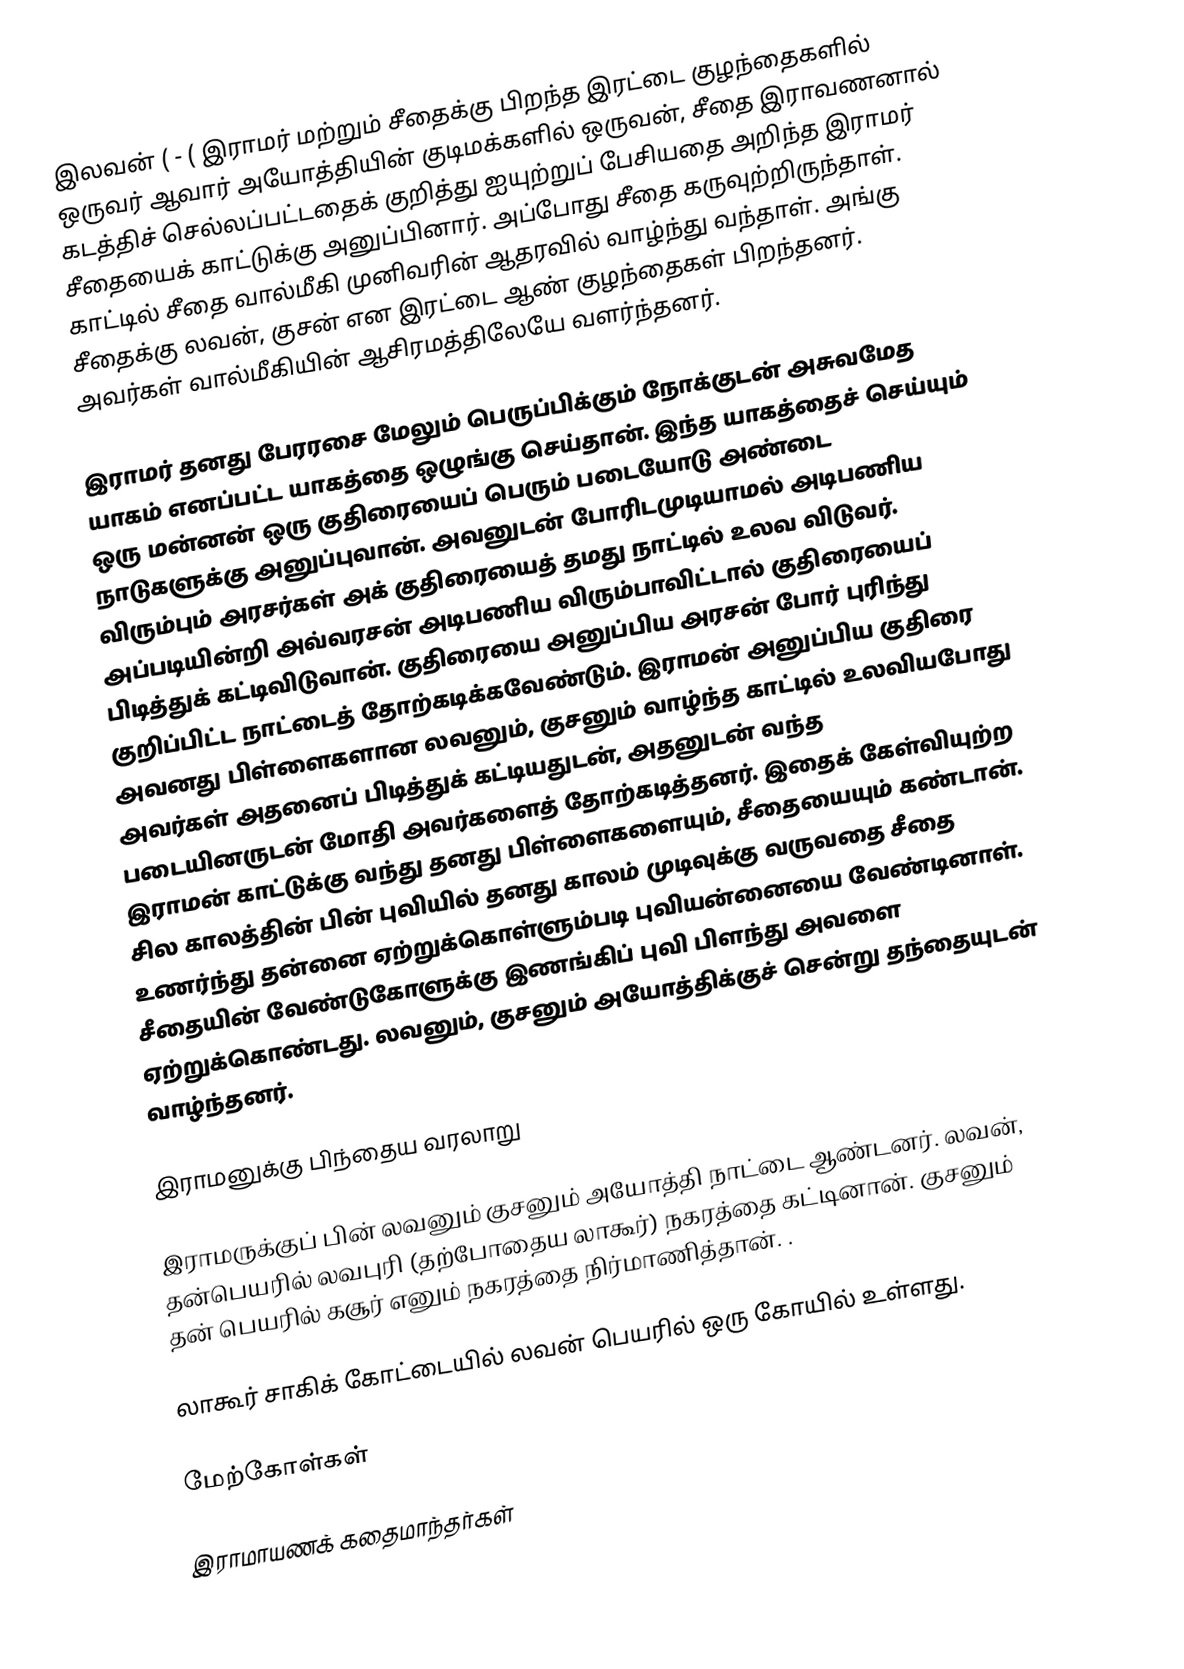
இலவன் ( - ( இராமர் மற்றும் சீதைக்கு பிறந்த இரட்டை குழந்தைகளில் ஒருவர் ஆவார்  அயோத்தியின் குடிமக்களில் ஒருவன், சீதை இராவணனால் கடத்திச் செல்லப்பட்டதைக் குறித்து ஐயுற்றுப் பேசியதை அறிந்த இராமர் சீதையைக் காட்டுக்கு அனுப்பினார். அப்போது சீதை கருவுற்றிருந்தாள். காட்டில் சீதை வால்மீகி முனிவரின் ஆதரவில் வாழ்ந்து வந்தாள். அங்கு சீதைக்கு லவன், குசன் என இரட்டை ஆண் குழந்தைகள் பிறந்தனர். அவர்கள் வால்மீகியின் ஆசிரமத்திலேயே வளர்ந்தனர்.

இராமர் தனது பேரரசை மேலும் பெருப்பிக்கும் நோக்குடன் அசுவமேத யாகம் எனப்பட்ட யாகத்தை ஒழுங்கு செய்தான். இந்த யாகத்தைச் செய்யும் ஒரு மன்னன் ஒரு குதிரையைப் பெரும் படையோடு அண்டை நாடுகளுக்கு அனுப்புவான். அவனுடன் போரிடமுடியாமல் அடிபணிய விரும்பும் அரசர்கள் அக் குதிரையைத் தமது நாட்டில் உலவ விடுவர். அப்படியின்றி அவ்வரசன் அடிபணிய விரும்பாவிட்டால் குதிரையைப் பிடித்துக் கட்டிவிடுவான். குதிரையை அனுப்பிய அரசன் போர் புரிந்து குறிப்பிட்ட நாட்டைத் தோற்கடிக்கவேண்டும். இராமன் அனுப்பிய குதிரை அவனது பிள்ளைகளான லவனும்,  குசனும் வாழ்ந்த காட்டில் உலவியபோது அவர்கள் அதனைப் பிடித்துக் கட்டியதுடன், அதனுடன் வந்த படையினருடன் மோதி அவர்களைத் தோற்கடித்தனர். இதைக் கேள்வியுற்ற இராமன் காட்டுக்கு வந்து தனது பிள்ளைகளையும், சீதையையும் கண்டான். சில காலத்தின் பின் புவியில் தனது காலம் முடிவுக்கு வருவதை சீதை உணர்ந்து தன்னை ஏற்றுக்கொள்ளும்படி புவியன்னையை வேண்டினாள். சீதையின் வேண்டுகோளுக்கு இணங்கிப் புவி பிளந்து அவளை ஏற்றுக்கொண்டது. லவனும், குசனும் அயோத்திக்குச் சென்று தந்தையுடன் வாழ்ந்தனர்.

இராமனுக்கு பிந்தைய வரலாறு

இராமருக்குப் பின் லவனும் குசனும் அயோத்தி நாட்டை ஆண்டனர். லவன், தன்பெயரில் லவபுரி (தற்போதைய லாகூர்) நகரத்தை கட்டினான். குசனும் தன் பெயரில் கசூர் எனும் நகரத்தை நிர்மாணித்தான். .

லாகூர் சாகிக் கோட்டையில் லவன் பெயரில் ஒரு கோயில் உள்ளது.

மேற்கோள்கள்

இராமாயணக் கதைமாந்தர்கள்